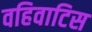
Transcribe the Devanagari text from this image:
वहिवाटिस